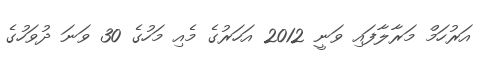
އަރުހަމް މަރާލާފައި ވަނީ 2012 އަހަރުގެ މެއި މަހުގެ 30 ވަނަ ދުވަހުގެ